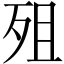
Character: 殂